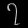
Digit: ၇